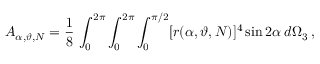
A _ { \alpha , \boldsymbol { \vartheta } , N } = \frac { 1 } { 8 } \, \int _ { 0 } ^ { 2 \pi } \int _ { 0 } ^ { 2 \pi } \int _ { 0 } ^ { \pi / 2 } [ r ( \alpha , \boldsymbol { \vartheta } , N ) ] ^ { 4 } \sin 2 \alpha \; d \Omega _ { 3 } \, ,